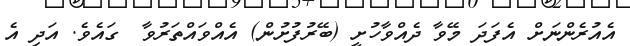
އެއުރެންނަށް އެފަދަ މޭވާ ދެއްވާހުށީ (ބޭރުފުށުން) އެއްވައްތަރުވާ  ގައެވެ. އަދި އެ